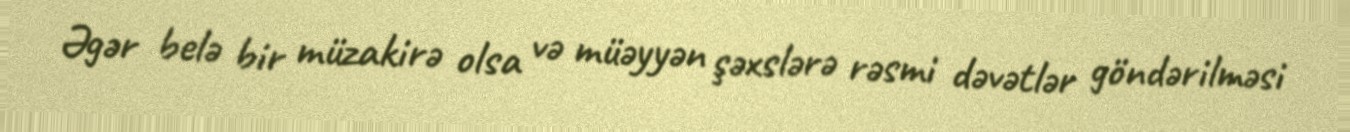
Əgər belə bir müzakirə olsa və müəyyən şəxslərə rəsmi dəvətlər göndərilməsi